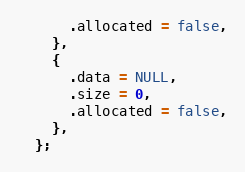
Language: C
      .allocated = false,
    },
    {
      .data = NULL,
      .size = 0,
      .allocated = false,
    },
  };